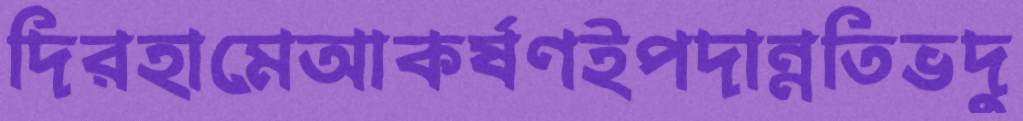
দিরহামেআকর্ষণইপদান্নতিভদু